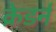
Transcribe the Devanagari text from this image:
क्रेडर्न